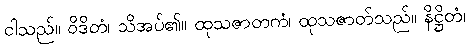
ငါသည်။ ဝိဒိတံ၊ သိအပ်၏။ ထုသဇာတကံ၊ ထုသဇာတ်သည်။ နိဋ္ဌိတံ၊